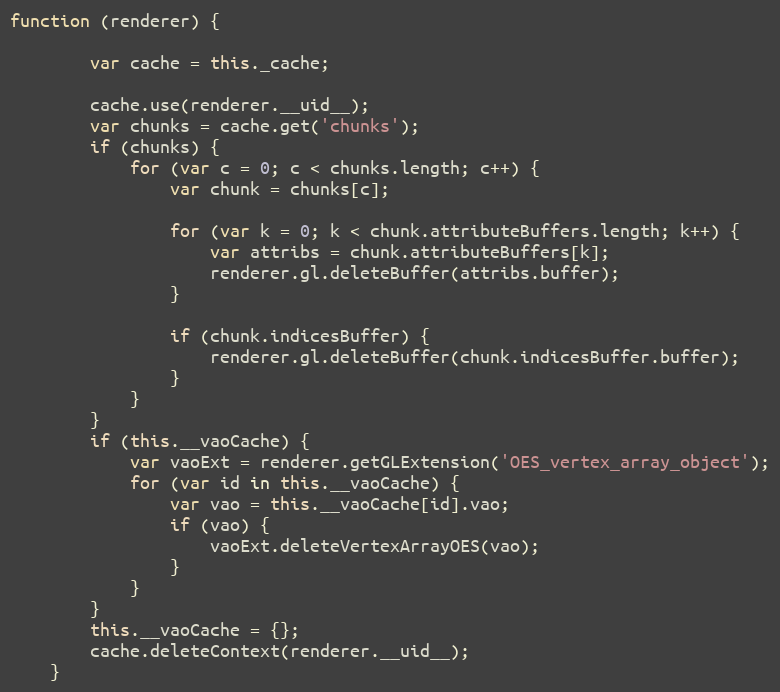
Language: JavaScript
function (renderer) {

        var cache = this._cache;

        cache.use(renderer.__uid__);
        var chunks = cache.get('chunks');
        if (chunks) {
            for (var c = 0; c < chunks.length; c++) {
                var chunk = chunks[c];

                for (var k = 0; k < chunk.attributeBuffers.length; k++) {
                    var attribs = chunk.attributeBuffers[k];
                    renderer.gl.deleteBuffer(attribs.buffer);
                }

                if (chunk.indicesBuffer) {
                    renderer.gl.deleteBuffer(chunk.indicesBuffer.buffer);
                }
            }
        }
        if (this.__vaoCache) {
            var vaoExt = renderer.getGLExtension('OES_vertex_array_object');
            for (var id in this.__vaoCache) {
                var vao = this.__vaoCache[id].vao;
                if (vao) {
                    vaoExt.deleteVertexArrayOES(vao);
                }
            }
        }
        this.__vaoCache = {};
        cache.deleteContext(renderer.__uid__);
    }